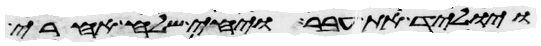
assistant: ויוליד את עבר ויחי שלח אחרי